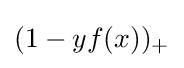
(1-yf(x))_{+}